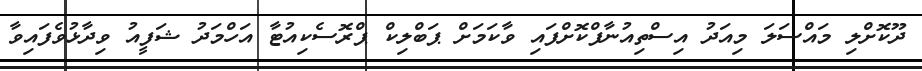
ދޫކޮށްލި މައްސަލަ މިއަދު އިސްތިއުނާފްކޮށްފައި ވާކަމަށް ޕަބްލިކް ޕްރޮސެކިއުޓާ އަހްމަދު ޝަފީއު ވިދާޅުވެފައިވާ